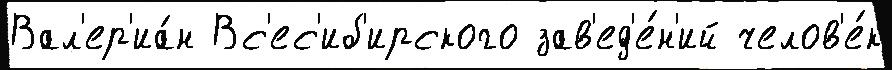
Вал'ер'иа́н Вс'ес'иб'ирского зав'ед'е́н'ий челов'е́к